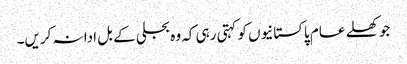
جو کھلے عام پاکستانیوں کو کہتی رہی کہ وہ بجلی کے بل ادا نہ کریں۔